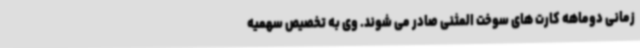
زمانی دوماهه کارت های سوخت المثنی صادر می شوند. وی به تخصیص سهمیه